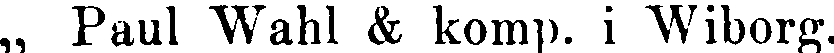
„ Paul Wahl & komp. i Wiborg.